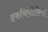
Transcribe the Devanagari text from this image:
इकथियोफ़िस